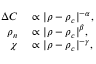
\begin{array} { r l } { \Delta C } & { { } \propto \vert \rho - \rho _ { c } \vert ^ { - \alpha } , } \\ { \rho _ { n } } & { { } \propto \vert \rho - \rho _ { c } \vert ^ { \beta } , } \\ { \chi } & { { } \propto \vert \rho - \rho _ { c } \vert ^ { - \gamma } , } \end{array}